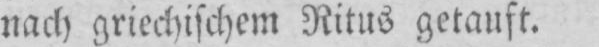
nach griechischem Ritus getauft.